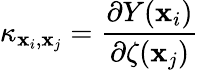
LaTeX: \kappa_{\mathbf{x}_{i},\mathbf{x}_{j}}=\frac{\partial Y(\mathbf{x}_{i})}{\partial\zeta(\mathbf{x}_{j})}